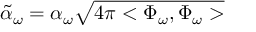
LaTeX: \tilde { \alpha } _ { \omega } = \alpha _ { \omega } \sqrt { 4 \pi < \Phi _ { \omega } , \Phi _ { \omega } > }